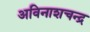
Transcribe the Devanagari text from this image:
अविनाशचन्द्र